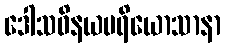
ဒေါသဝိနယပရိယောသာနာ